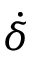
\dot { \delta }